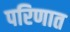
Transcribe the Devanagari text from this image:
परिणात